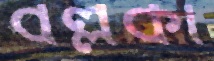
বল্লকী